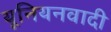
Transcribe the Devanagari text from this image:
यूनियनवादी